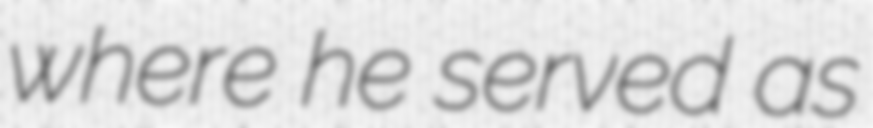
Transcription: where he served as